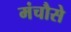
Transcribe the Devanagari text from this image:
मंचौसे